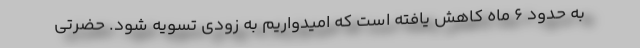
به حدود ۶ ماه کاهش یافته است که امیدواریم به زودی تسویه شود. حضرتی